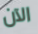
الآن